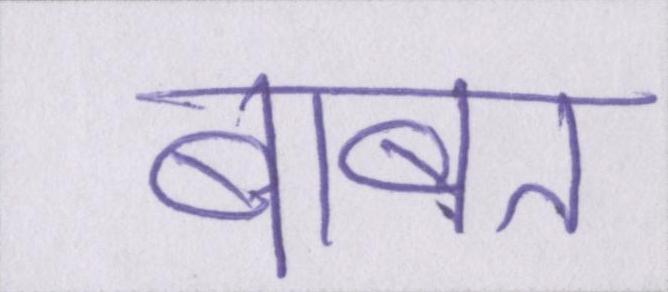
बाबत